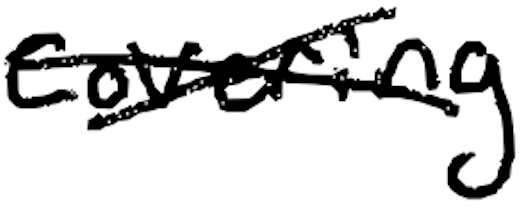
Text: covering.
Cross-out: cross
Writing tool: digital_black